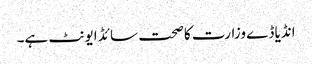
انڈیا ڈے وزارت کاصحت سائڈ ایونٹ ہے۔